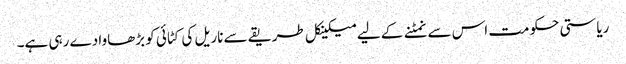
ریاستی حکومت اس سے نمٹنے کے لیے میکینکل طریقے سے ناریل کی کٹائی کو بڑھاوا دے رہی ہے۔